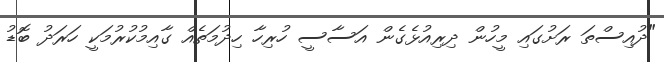
"ދުއިސްތަ ރަށުގައި މީހުން ދިރިއުޅެގެން އަސާސީ ހުރިހާ ހިދުމަތެއް ގާއިމުކުރުމަކީ ހަރަދު ބޮޑު